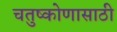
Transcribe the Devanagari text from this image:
चतुष्कोणासाठी